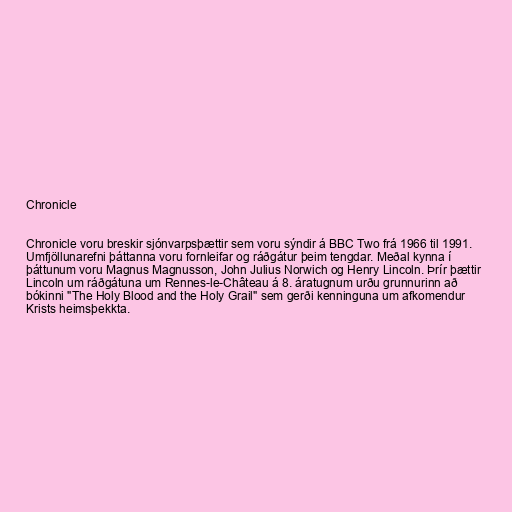
Chronicle

Chronicle voru breskir sjónvarpsþættir sem voru sýndir á BBC Two frá 1966 til 1991.
Umfjöllunarefni þáttanna voru fornleifar og ráðgátur þeim tengdar. Meðal kynna í
þáttunum voru Magnus Magnusson, John Julius Norwich og Henry Lincoln. Þrír þættir
Lincoln um ráðgátuna um Rennes-le-Château á 8. áratugnum urðu grunnurinn að
bókinni "The Holy Blood and the Holy Grail" sem gerði kenninguna um afkomendur
Krists heimsþekkta.